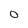
Character: O